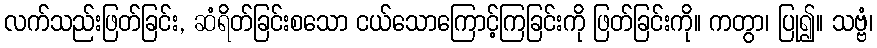
လက်သည်းဖြတ်ခြင်း, ဆံရိတ်ခြင်းစသော ငယ်သောကြောင့်ကြခြင်းကို ဖြတ်ခြင်းကို။ ကတွာ၊ ပြု၍။ သဗ္ဗံ၊